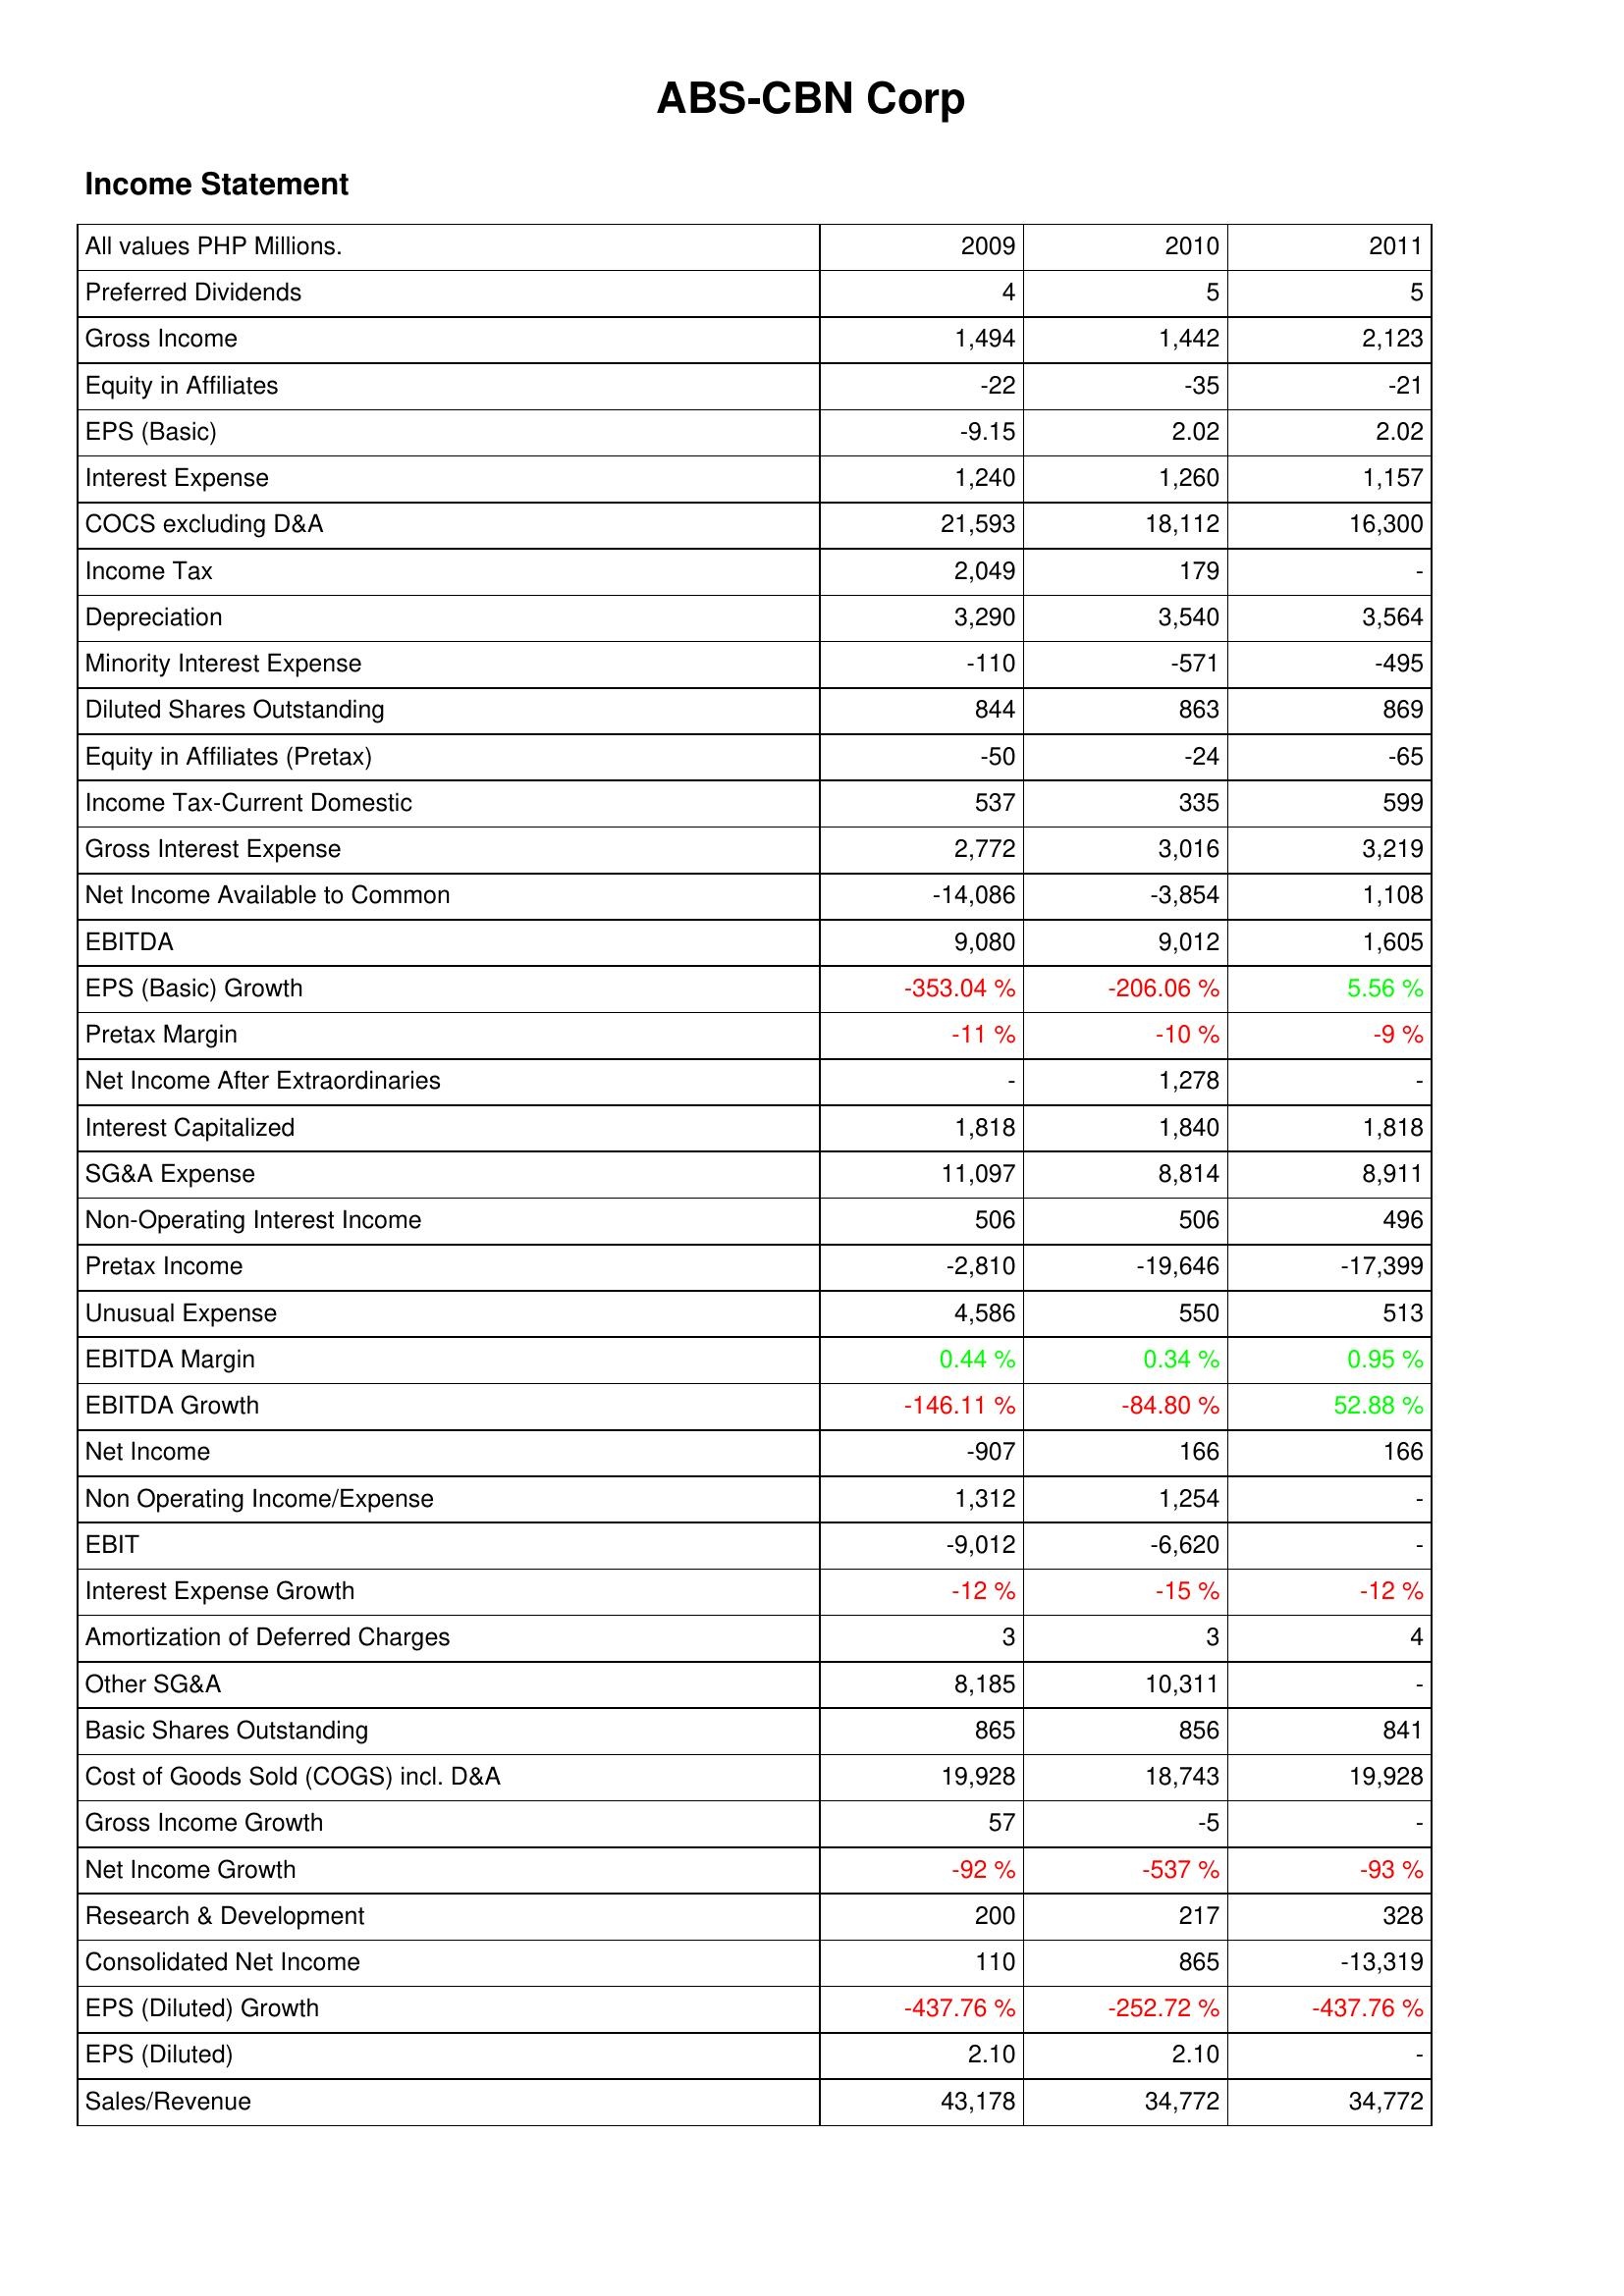
2009: Income Statement: Preferred Dividends: 4
Gross Income: 1,494
Equity in Affiliates: -22
EPS (Basic): -9.15
Interest Expense: 1,240
COCS excluding D&A: 21,593
Income Tax: 2,049
Depreciation: 3,290
Minority Interest Expense: -110
Diluted Shares Outstanding: 844
Equity in Affiliates (Pretax): -50
Income Tax-Current Domestic: 537
Gross Interest Expense: 2,772
Net Income Available to Common: -14,086
EBITDA: 9,080
EPS (Basic) Growth: -353.04 %
Pretax Margin: -11 %
Net Income After Extraordinaries: -
Interest Capitalized: 1,818
SG&A Expense: 11,097
Non-Operating Interest Income: 506
Pretax Income: -2,810
Unusual Expense: 4,586
EBITDA Margin: 0.44 %
EBITDA Growth: -146.11 %
Net Income: -907
Non Operating Income/Expense: 1,312
EBIT: -9,012
Interest Expense Growth: -12 %
Amortization of Deferred Charges: 3
Other SG&A: 8,185
Basic Shares Outstanding: 865
Cost of Goods Sold (COGS) incl. D&A: 19,928
Gross Income Growth: 57
Net Income Growth: -92 %
Research & Development: 200
Consolidated Net Income: 110
EPS (Diluted) Growth: -437.76 %
EPS (Diluted): 2.10
Sales/Revenue: 43,178
2010: Income Statement: Preferred Dividends: 5
Gross Income: 1,442
Equity in Affiliates: -35
EPS (Basic): 2.02
Interest Expense: 1,260
COCS excluding D&A: 18,112
Income Tax: 179
Depreciation: 3,540
Minority Interest Expense: -571
Diluted Shares Outstanding: 863
Equity in Affiliates (Pretax): -24
Income Tax-Current Domestic: 335
Gross Interest Expense: 3,016
Net Income Available to Common: -3,854
EBITDA: 9,012
EPS (Basic) Growth: -206.06 %
Pretax Margin: -10 %
Net Income After Extraordinaries: 1,278
Interest Capitalized: 1,840
SG&A Expense: 8,814
Non-Operating Interest Income: 506
Pretax Income: -19,646
Unusual Expense: 550
EBITDA Margin: 0.34 %
EBITDA Growth: -84.80 %
Net Income: 166
Non Operating Income/Expense: 1,254
EBIT: -6,620
Interest Expense Growth: -15 %
Amortization of Deferred Charges: 3
Other SG&A: 10,311
Basic Shares Outstanding: 856
Cost of Goods Sold (COGS) incl. D&A: 18,743
Gross Income Growth: -5
Net Income Growth: -537 %
Research & Development: 217
Consolidated Net Income: 865
EPS (Diluted) Growth: -252.72 %
EPS (Diluted): 2.10
Sales/Revenue: 34,772
2011: Income Statement: Preferred Dividends: 5
Gross Income: 2,123
Equity in Affiliates: -21
EPS (Basic): 2.02
Interest Expense: 1,157
COCS excluding D&A: 16,300
Income Tax: -
Depreciation: 3,564
Minority Interest Expense: -495
Diluted Shares Outstanding: 869
Equity in Affiliates (Pretax): -65
Income Tax-Current Domestic: 599
Gross Interest Expense: 3,219
Net Income Available to Common: 1,108
EBITDA: 1,605
EPS (Basic) Growth: 5.56 %
Pretax Margin: -9 %
Net Income After Extraordinaries: -
Interest Capitalized: 1,818
SG&A Expense: 8,911
Non-Operating Interest Income: 496
Pretax Income: -17,399
Unusual Expense: 513
EBITDA Margin: 0.95 %
EBITDA Growth: 52.88 %
Net Income: 166
Non Operating Income/Expense: -
EBIT: -
Interest Expense Growth: -12 %
Amortization of Deferred Charges: 4
Other SG&A: -
Basic Shares Outstanding: 841
Cost of Goods Sold (COGS) incl. D&A: 19,928
Gross Income Growth: -
Net Income Growth: -93 %
Research & Development: 328
Consolidated Net Income: -13,319
EPS (Diluted) Growth: -437.76 %
EPS (Diluted): -
Sales/Revenue: 34,772